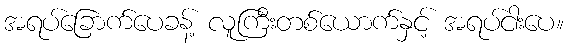
အရပ်ခြောက်ပေခန့် လူကြီးတစ်ယောက်နှင့် အရပ်ငါးပေ။